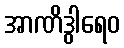
အာဏိဒွါရေဝ